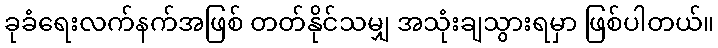
ခုခံရေးလက်နက်အဖြစ် တတ်နိုင်သမျှ အသုံးချသွားရမှာ ဖြစ်ပါတယ်။